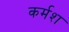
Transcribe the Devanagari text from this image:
कर्मश